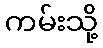
ကမ်းသို့